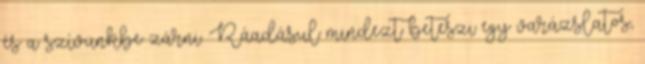
és a szívünkbe zárni. Ráadásul mindezt beteszi egy varázslatos,